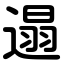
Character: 遢